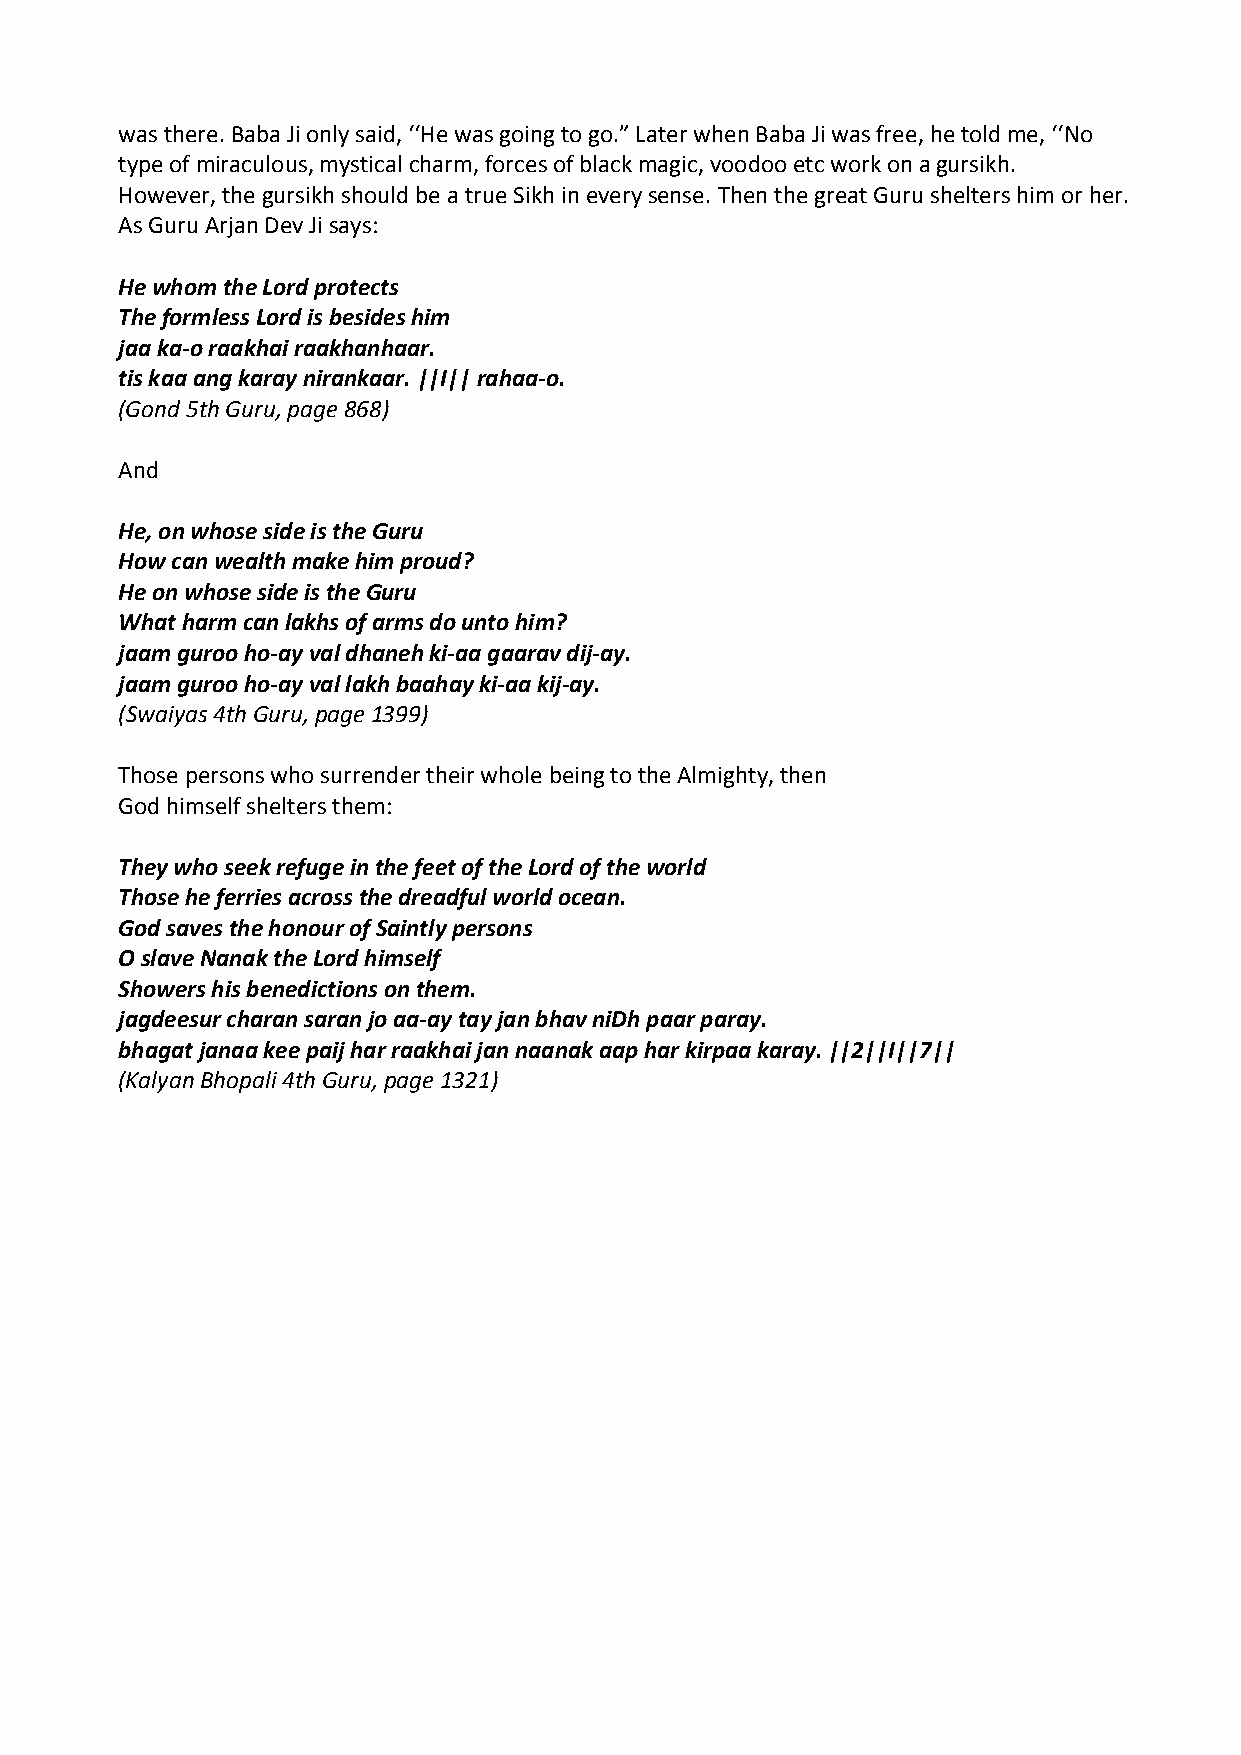
was there. Baba Ji only said, ‘‘He was going to go.” Later when Baba Ji was free, he told me, ‘‘No
 type of miraculous, mystical charm, forces of black magic, voodoo etc work on a gursikh.
 However, the gursikh should be a true Sikh in every sense. Then the great Guru shelters him or her.
 As Guru Arjan Dev Ji says:
 He whom the Lord protects
 The formless Lord is besides him
 jaa ka‐o raakhai raakhanhaar.
 tis kaa ang karay nirankaar. ||I|| rahaa‐o.
 (Gond 5th Guru, page 868)
 And
 He, on whose side is the Guru
 How can wealth make him proud?
 He on whose side is the Guru
 What harm can lakhs of arms do unto him?
 jaam guroo ho‐ay val dhaneh ki‐aa gaarav dij‐ay.
 jaam guroo ho‐ay val lakh baahay ki‐aa kij‐ay.
 (Swaiyas 4th Guru, page 1399)
 Those persons who surrender their whole being to the Almighty, then
 God himself shelters them:
 They who seek refuge in the feet of the Lord of the world
 Those he ferries across the dreadful world ocean.
 God saves the honour of Saintly persons
 O slave Nanak the Lord himself
 Showers his benedictions on them.
 jagdeesur charan saran jo aa‐ay tay jan bhav niDh paar paray.
 bhagat janaa kee paij har raakhai jan naanak aap har kirpaa karay. ||2||I||7||
 (Kalyan Bhopali 4th Guru, page 1321)